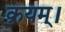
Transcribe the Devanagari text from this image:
क्रयम्।